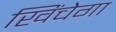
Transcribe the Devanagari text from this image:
खिंचेगा